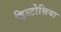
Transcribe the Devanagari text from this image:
डिस्टोसिया